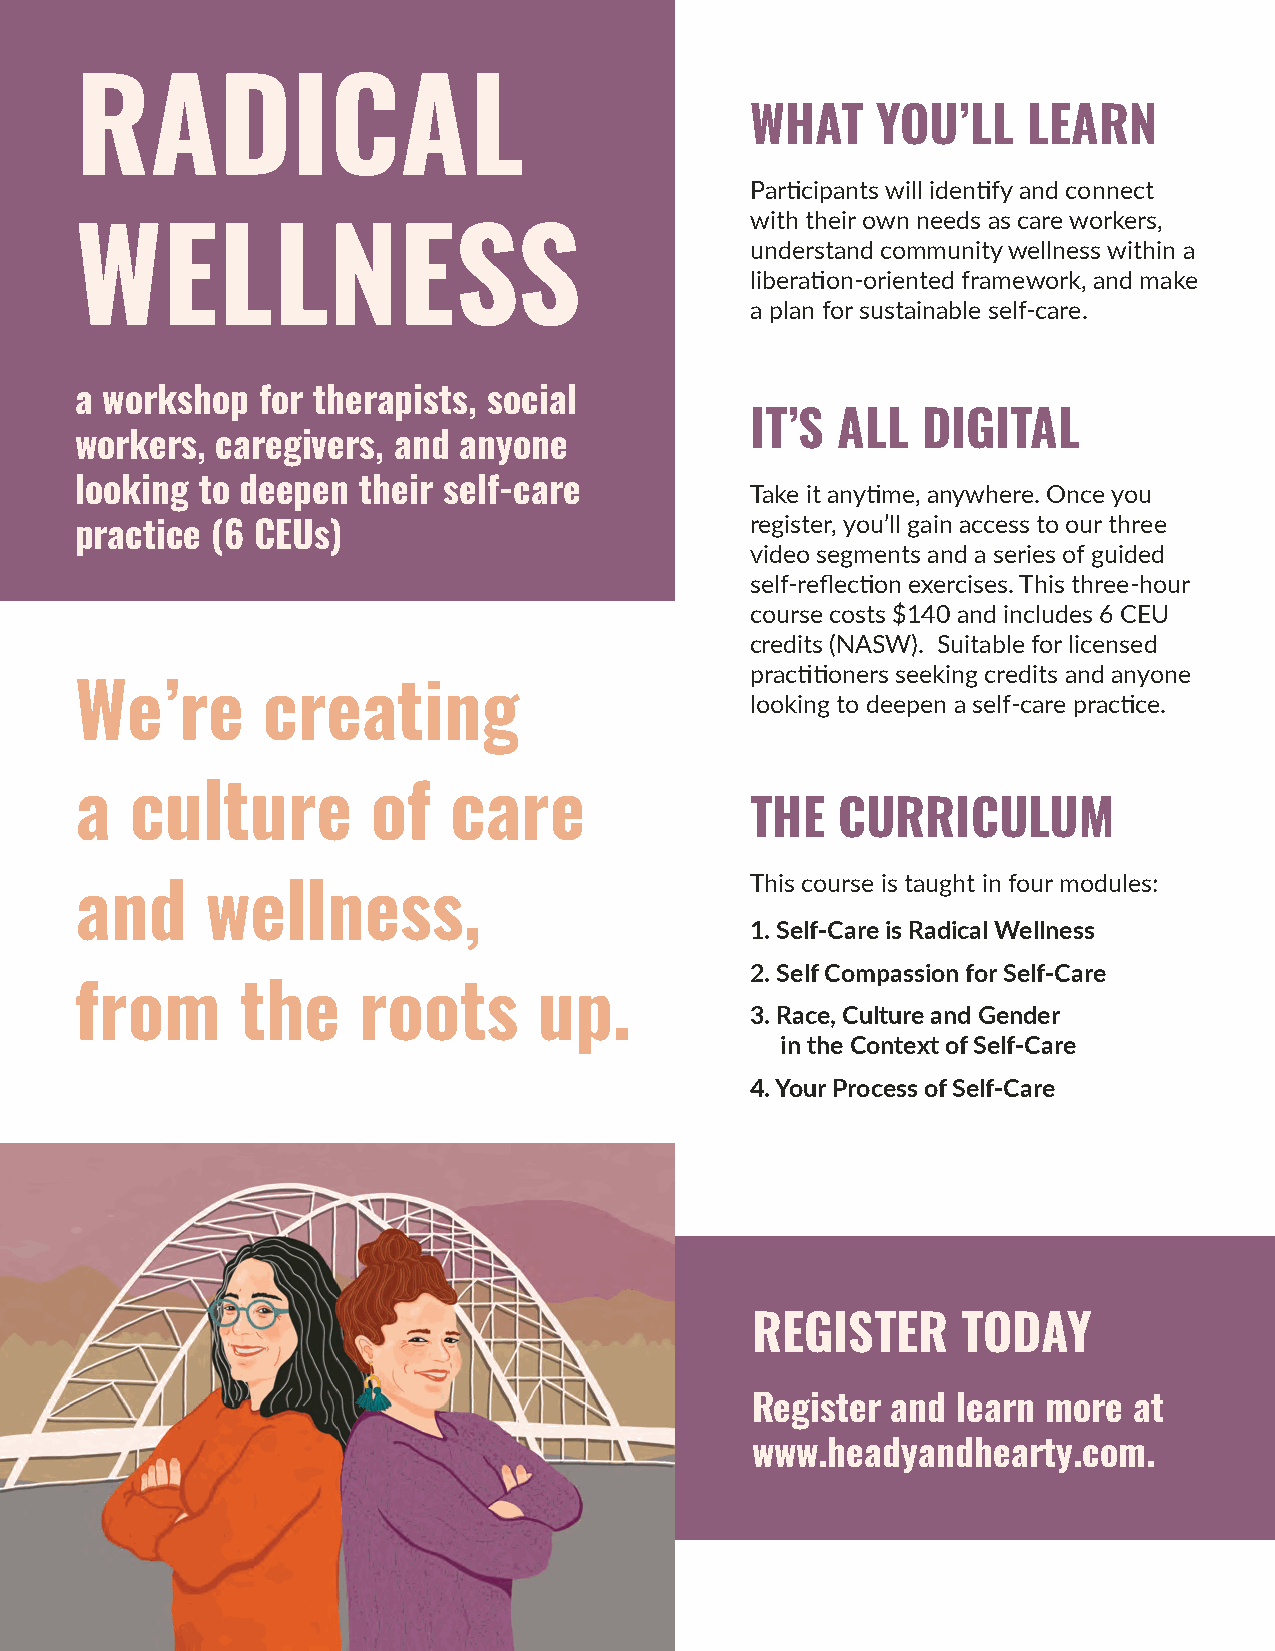
RADICAL
 WHAT    YOU’LL    LEARN
 Participants will identify and connect
 with their own needs as care workers,
 WELLNESS                                     understand community wellness within a
 liberation-oriented framework, and make
 a plan for sustainable self-care.
 a workshop  for therapists, social
 IT’S ALL   DIGITAL
 workers, caregivers, and anyone
 looking to deepen  their self-care           Take it anytime, anywhere. Once you
 register, you’ll gain access to our three
 practice (6 CEUs)
 video segments and a series of guided
 self-reflection exercises. This three-hour
 course costs $140 and includes 6 CEU
 credits (NASW). Suitable for licensed
 practitioners seeking credits and anyone
 We’re       creating                         looking to deepen a self-care practice.
 a   culture         of   care
 THE  CURRICULUM
 This course is taught in four modules:
 and      wellness,
 1. Self-Care is Radical Wellness
 2. Self Compassion for Self-Care
 from       the     roots       up.
 3. Race, Culture and Gender
 in the Context of Self-Care
 4. Your Process of Self-Care
 REGISTER      TODAY
 Register and learn more  at
 www.headyandhearty.com.